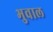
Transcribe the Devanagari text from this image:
भुवाल